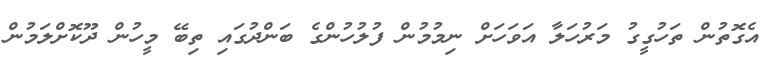
އެގޮތުން ތަހުގީގު މަރުހަލާ އަވަހަށް ނިމުމުން ފުލުހުންގެ ބަންދުގައި ތިބޭ މީހުން ދޫކޮށްލަމުން